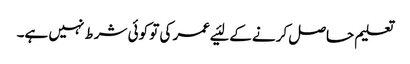
تعلیم حاصل کرنے کے لئیے عمر کی تو کوئی شرط نہیں ہے۔